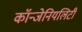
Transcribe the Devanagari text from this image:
कॉन्जेनियलिटी